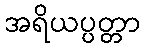
အရိယပ္ပတ္တာ